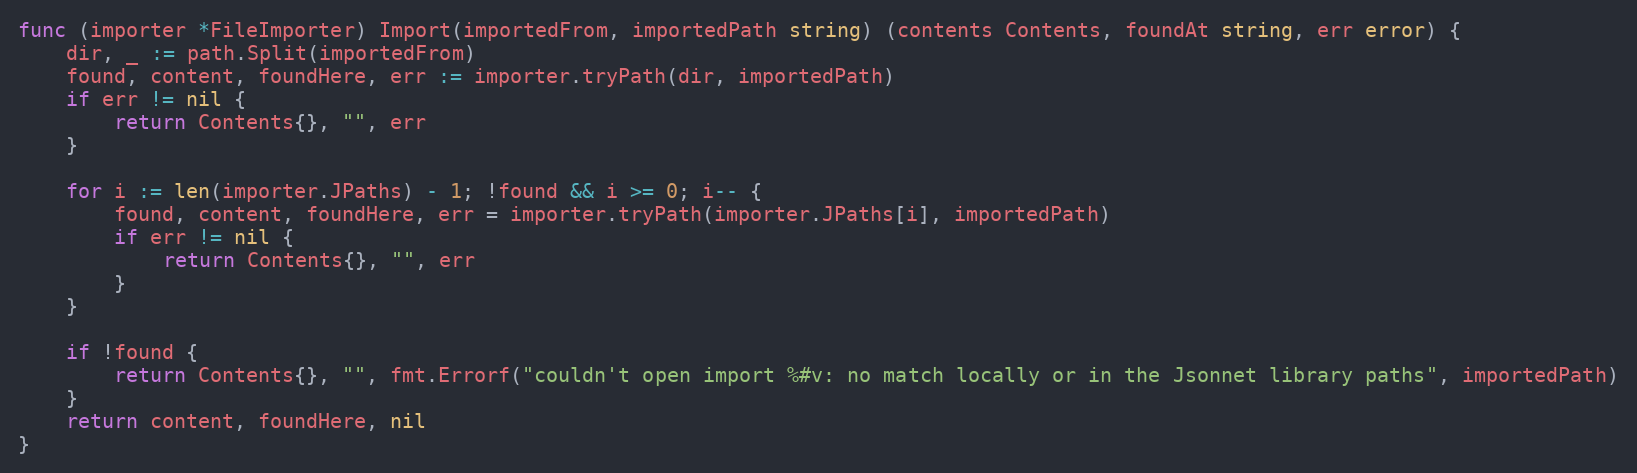
Language: Go
func (importer *FileImporter) Import(importedFrom, importedPath string) (contents Contents, foundAt string, err error) {
	dir, _ := path.Split(importedFrom)
	found, content, foundHere, err := importer.tryPath(dir, importedPath)
	if err != nil {
		return Contents{}, "", err
	}

	for i := len(importer.JPaths) - 1; !found && i >= 0; i-- {
		found, content, foundHere, err = importer.tryPath(importer.JPaths[i], importedPath)
		if err != nil {
			return Contents{}, "", err
		}
	}

	if !found {
		return Contents{}, "", fmt.Errorf("couldn't open import %#v: no match locally or in the Jsonnet library paths", importedPath)
	}
	return content, foundHere, nil
}